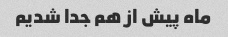
ماه پیش از هم جدا شدیم